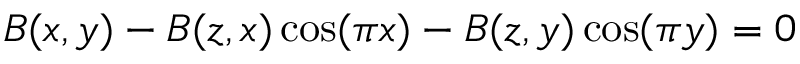
B ( x , y ) - B ( z , x ) \cos ( \pi x ) - B ( z , y ) \cos ( \pi y ) = 0